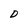
Character: D